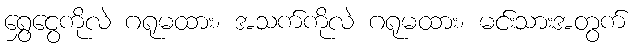
ရွှေငွေကိုလဲ ဂရုမထား၊ အသက်ကိုလဲ ဂရုမထား၊ မင်းသားအတွက်